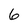
Character: 6